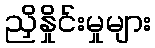
ညှိနှိုင်းမှုများ